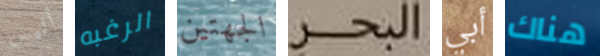
أليس الرغبه الجهتين البحر أبي هناك